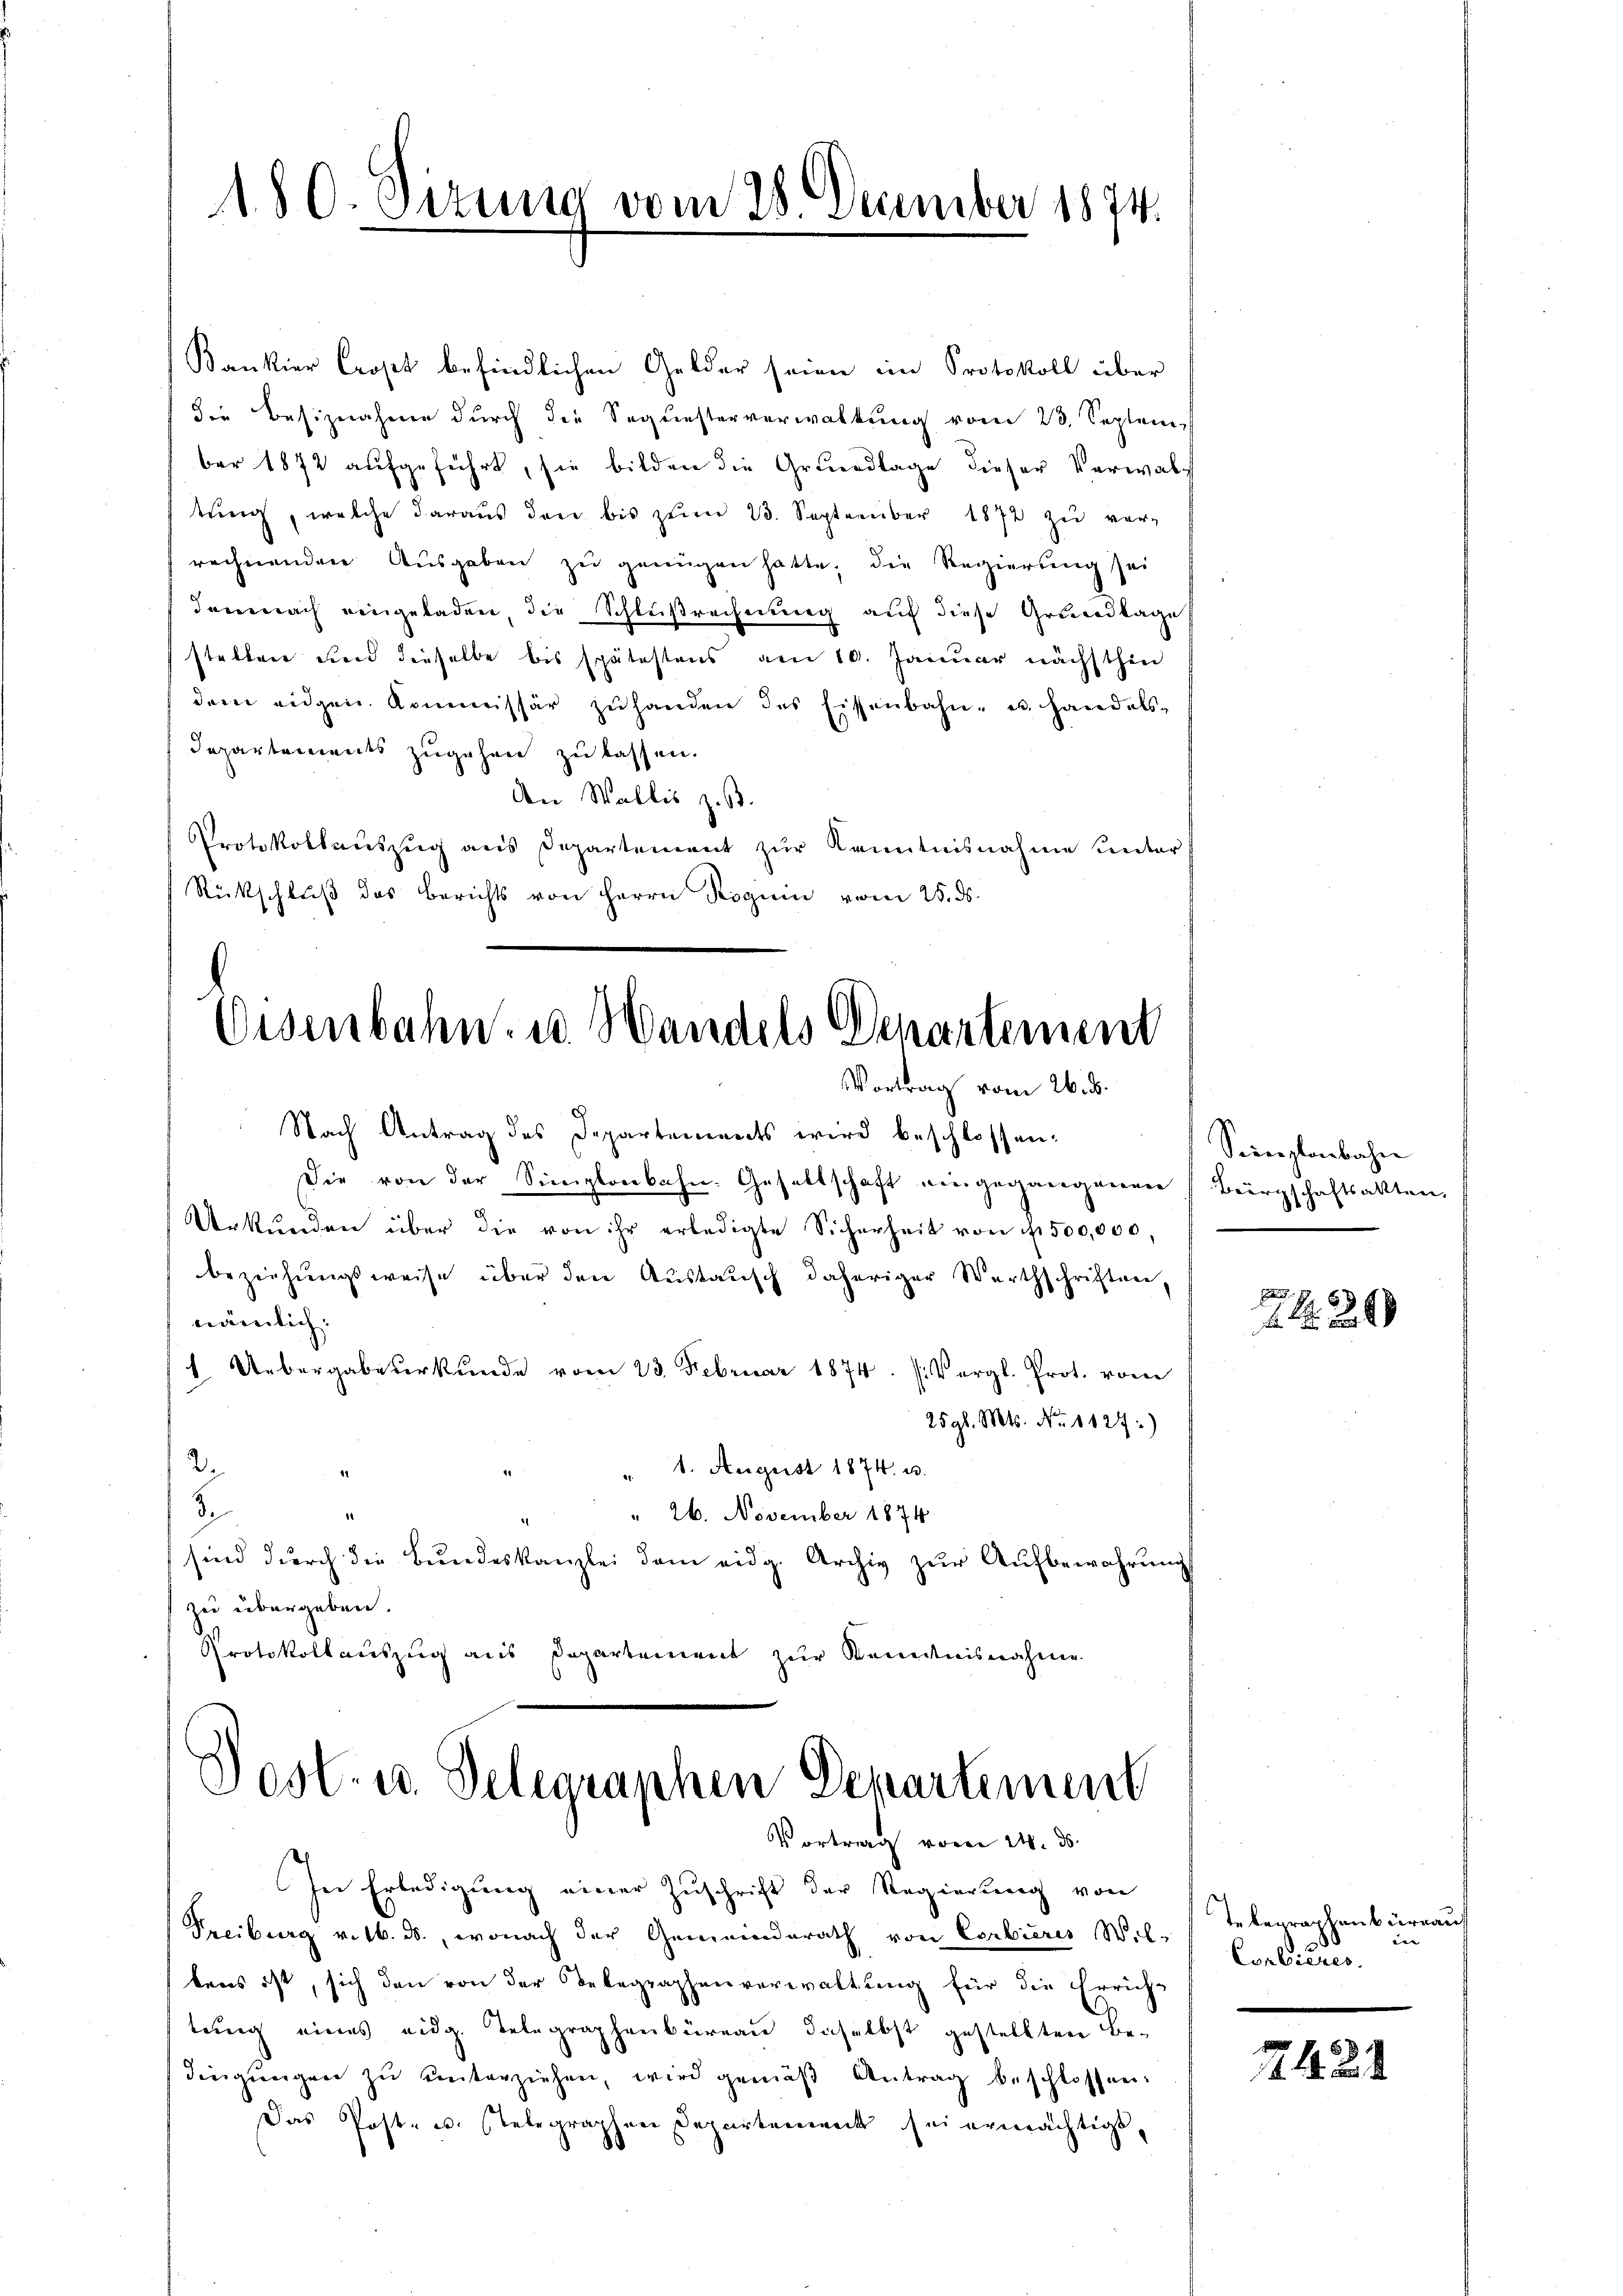
180. Sitzung vom 28 December 1874.

Kankier Cropt befindlichen Gelder seien im Protokoll über
die Besiznahme durch die Sequesterverwaltung vom 23. Septem
ber 1872 aufgeführt, sie bilden die Grundlage dieser Verwalt
tŭng, welche daraŭs den bis zŭm 23. September 1872 zŭ ver-
rechnenden Ausgaben zu genügen hatte, die Regierung sei
demnach eingeladen, die Schlußrechnung auf diese Grundlage
stellen und dieselbe bis spätestens am 10. Januar nächsthin
dem eidgen. Kommissär zŭ handen des Eisenbahn- u. handels-
Departements zugehen zu lassen.
den Wallis z. B.
Protokollauszug aus Departement zur Kenntnisnahme unter
Rückschlŭβ des Berichts von Herrn Roguin vom 25. ds.

Eisenbahn u. Handels Departement
Vortrag vom 26. d.

Nach Antrag des Departements wird beschlossen:
Die von der Simplonbahn-Gesellschaft eingegangenen Bürgschaftsakten,
Urkŭnden über die von ihr erledigte Sicherheit von f. 500,000,
beziehungsweise über den Aŭstaŭsch daheriger Werthschriften,
nämlich:
1. Uebergabeurkunde vom 23. Februar 1874 sivergl. Prot. vom
25 gl. Mts. No. 1129:
2.
" 1. August 1874 u.
2.
.
" 26. November 1874
sind durch die Bundeskanzlei dem eidg. Archiv zur Aufbewahrung
zu übergeben.
Protokollauszug aus Departement zur Kenntnisnahme

Dost- u. Delegraphen Departement
Vortrag vom 24. ds.

In Erledigung einer Zuschrift der Regierung von
Freiburg v. 16. ds., wonach der Gemeinderath von Corbieres Wil-
bens ist, sich den von der Telegraphenverwaltung für die Erricht
teung eines eidg. Telegraphenbüreau daselbst gestellten Bedingŭngen zŭ ŭnterziehen, wird gemäβ Antrag beschlossen:
Das Post- u. stelegraphen Departement sei ermächtigt,

Sienplanbahn

20

Inbegraphenbüreauf
in
Condicus.

21. 2